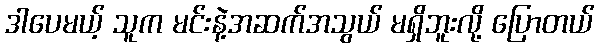
ဒါပေမယ့် သူက မင်းနဲ့အဆက်အသွယ် မရှိဘူးလို့ ပြောတယ်